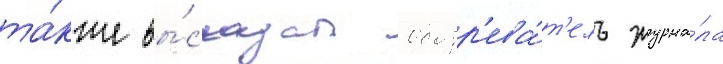
та́кже вы́сказал обозр'ева́т'ель журна́ла